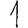
Digit: 1